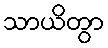
သာယိတွာ